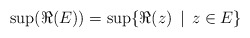
\begin{align*}\sup (\Re (E)) =\sup\{\Re (z) \, \mid \, z\in E\} \end{align*}